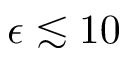
\epsilon \lesssim 1 0